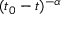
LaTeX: ( t _ { 0 } - t ) ^ { - \alpha }